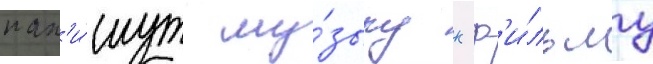
нап'и́шут му́зыку к ф'и́льму